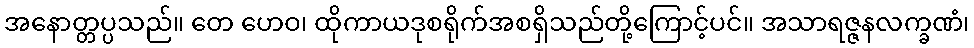
အနောတ္တပ္ပသည်။ တေ ဟေဝ၊ ထိုကာယဒုစရိုက်အစရှိသည်တို့ကြောင့်ပင်။ အသာရဇ္ဇနလက္ခဏံ၊